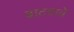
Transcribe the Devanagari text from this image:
बाटवावे